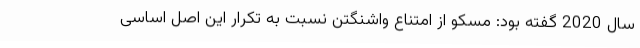
سال 2020 گفته بود: مسکو از امتناع واشنگتن نسبت به تکرار این اصل اساسی